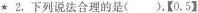
★2.下列说法合理的是()。【0.5】